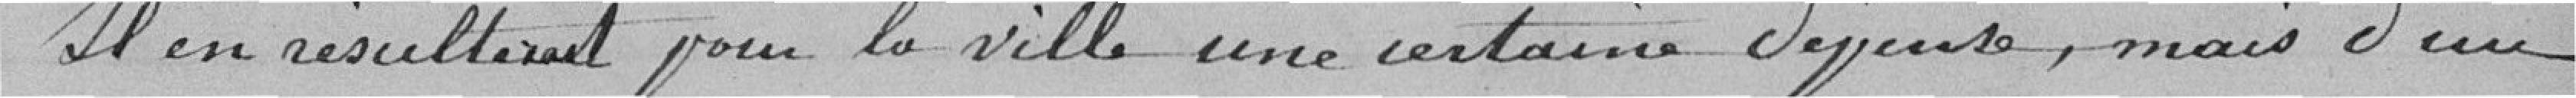
Il en résulterait pour la Ville une certaine dépense, mais d'un